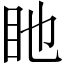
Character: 𥃸